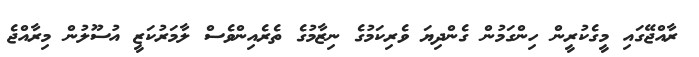
ރާއްޖޭގައި މީގެކުރީން ހިންގަމުން ގެންދިޔަ ވެރިކަމުގެ ނިޒާމުގެ ތެރެއިންވެސް ލާމަރުކަޒީ އުސޫލުން މިރާއްޖެ